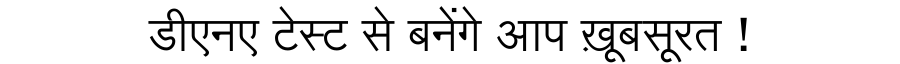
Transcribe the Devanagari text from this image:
डीएनए टेस्ट से बनेंगे आप ख़ूबसूरत !